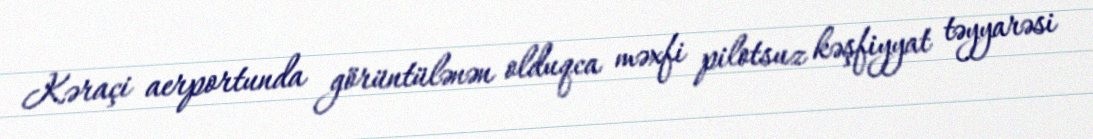
Kəraçi aerportunda görüntülənən olduqca məxfi pilotsuz kəşfiyyat təyyarəsi